Insane asylums in Bengal annual reports 1867-1875 - 1867-1875
Year: 1867
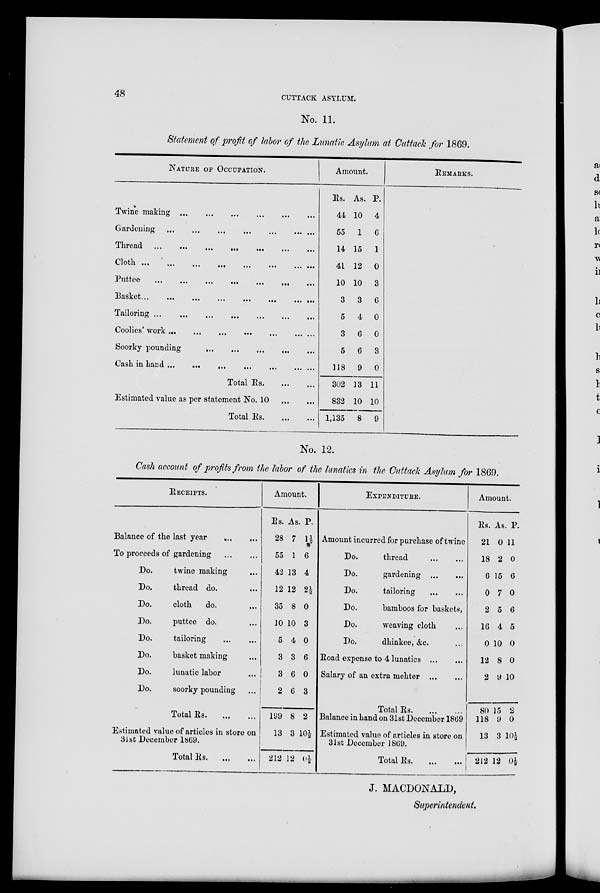
48
CUTTACK ASYLUM.
No. 11.
Statement of profit of labor of the Lunatic Asylum at Cuttack for 1869.
NATURE OF OCCUPATION.
Twine making
...
...
...
...
...
...
Gardening
...
...
...
...
...
...
Thread.
...
...
...
...
...
... ...
Cloth ...
...
...
...
...
Puttee
...
...
...
...
...
...
Basket
...
...
...
...
...
Tailoring
...
...
...
...
Coolies' work ... ... ... ...
Soorky pounding
...
...
...
...
Cash in hand
...
...
...
...
Total Rs. ... ... ... ... ...
Estimated value as per statement No. 10
Total Rs. .... ... ... ... ...
Amount.
Rs.
44
55
14
41
10
3
5
3
5
118
302
832
1,135
As.
10
1
15
12
10
3
4
6
6
9
13
10
8
P.
4
6
1
0
3
6
0
0
3
0
11
10
9
REMARKS.
No. 12.
Cash account of profits from the labor of the lunatics in the Cuttack Asylum for 1869.
RECEIPTS.
Balance of the last year
...
...
To proceeds of gardening
...
...
Do.
twine making ...
Do.
thread do. ...
Do.
cloth
do. ...
Do.
puttee do. ...
Do.
tailoring
...
...
Do.
basket making ... ...
Do.
lunatic labor ... ...
Do.
soorky pounding ...
Total Rs. ... ... ...
Estimated value of articles in store on
31st December 1809.
Total Rs. ... ...
Amount.
Rs.
28
55
42
12
35
10
5
3
3
2
199
13
212
As.
7
1
13
12
8
10
4
3
6
6
8
3
12
P.
1½
6
4
2½
0
3
0
6
0
3
2
10½
0½
EXPENDITURE.
Amount incurred for purchase of twine
Do.
thread
...
...
Do.
gardening
...
...
Do.
tailoring ...
Do.
bamboos for baskets, ...
Do.
weaving cloth ...
Do.
dhinkee, &c. ...
Road expense to 4 lunatics
...
...
Salary of an extra mehter
...
...
Total Rs.
...
...
Balance in hand on 31st December 1869
Estimated value of articles in store on
31st December 1869.
Total Rs.
...
...
Amount.
Rs.
21
18
6
0
2
16
0
12
2
80
118
13
212
As.
0
2
15
7
5
4
10
8
9
15
9
3
12
P.
11
0
6
0
6
5
0
0
10
2
0
10½
0½
J. MACDONALD,
Superintendent.